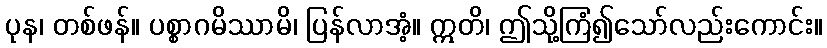
ပုန၊ တစ်ဖန်။ ပစ္စာဂမိဿာမိ၊ ပြန်လာအံ့။ ဣတိ၊ ဤသို့ကြံ၍သော်လည်းကောင်း။